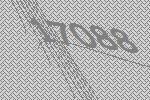
17088